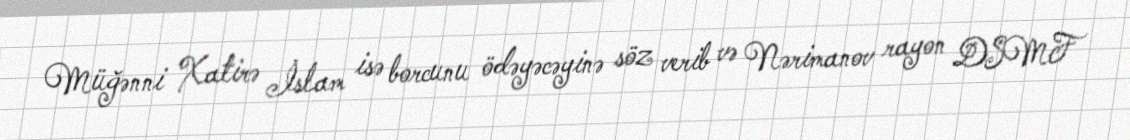
Müğənni Xatirə İslam isə borcunu ödəyəcəyinə söz verib və Nərimanov rayon DSMF